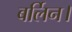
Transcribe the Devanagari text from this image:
बर्लिन।